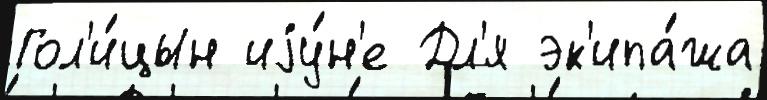
Гол'и́цын иjу́н'е Дл'я эк'ипа́жа